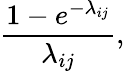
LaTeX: {\frac{1-e^{-\lambda_{ij}}}{\lambda_{ij}}},